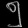
Digit: ၅